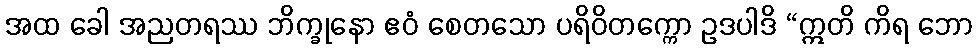
အထ ခေါ အညတရဿ ဘိက္ခုနော ဧဝံ စေတသော ပရိဝိတက္ကော ဥဒပါဒိ “ဣတိ ကိရ ဘော